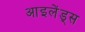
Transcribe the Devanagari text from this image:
आइलेंड्स